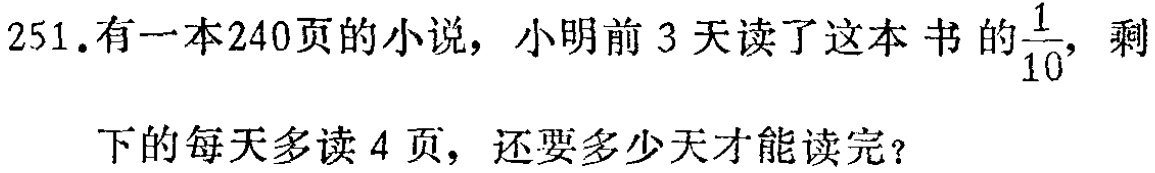
251.有一本240页的小说，小明前3天读了这本书的$\frac{1}{10}$，剩下的每天多读4页，还要多少天才能读完？